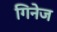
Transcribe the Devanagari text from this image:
गिनेज